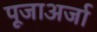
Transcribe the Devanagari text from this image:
पूजाअर्जा